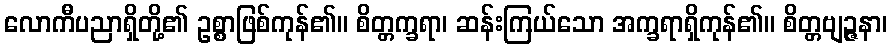
လောကီပညာရှိတို့၏ ဥစ္စာဖြစ်ကုန်၏။ စိတ္တက္ခရာ၊ ဆန်းကြယ်သော အက္ခရာရှိကုန်၏။ စိတ္တဗျဉ္ဇနာ၊